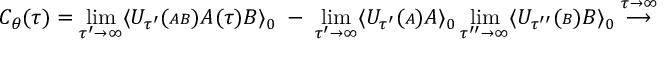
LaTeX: C _ { \theta } ( \tau ) = \operatorname * { l i m } _ { \tau ^ { \prime } \rightarrow \infty } \langle { \cal U } _ { \tau ^ { \prime } } ( { \scriptstyle { \cal A B } } ) { \cal A } ( \tau ) { \cal B } \rangle _ { 0 } \; - \; \operatorname * { l i m } _ { \tau ^ { \prime } \rightarrow \infty } \langle { \cal U } _ { \tau ^ { \prime } } ( { \scriptstyle { \cal A } } ) { \cal A } \rangle _ { 0 } \operatorname * { l i m } _ { \tau ^ { \prime \prime } \rightarrow \infty } \langle { \cal U } _ { \tau ^ { \prime \prime } } ( { \scriptstyle { \cal B } } ) { \cal B } \rangle _ { 0 } \stackrel { \tau \rightarrow \infty } { \longrightarrow }